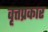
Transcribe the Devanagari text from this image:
वृत्तप्रकार